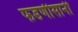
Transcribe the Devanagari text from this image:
फडणीसानी